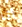
انا